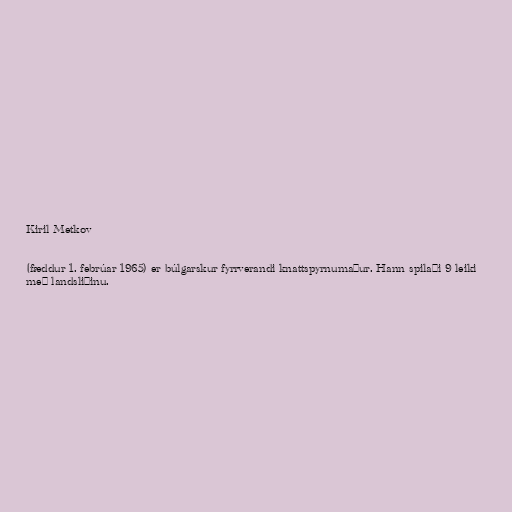
Kiril Metkov

(fæddur 1. febrúar 1965) er búlgarskur fyrrverandi knattspyrnumaður. Hann spilaði 9 leiki
með landsliðinu.